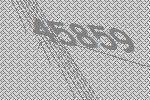
45859